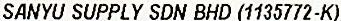
SANYU SUPPLY SDN BHD (1135772-K)